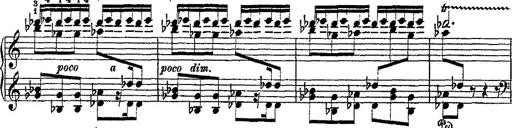
Title: Fantaisie romantique sur deux mÃ©lodies suisses
Composer: Franz Liszt